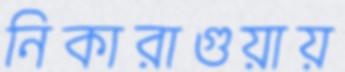
নিকারাগুয়ায়